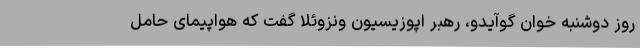
روز دوشنبه خوان گوآیدو، رهبر اپوزیسیون ونزوئلا گفت که هواپیمای حامل